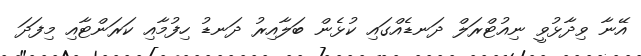
އޭނާ ވިދާޅުވީ ނިއުޓްރަލް ދަނޑެއްގައި ކުޅެން ބަލާއިރު ދަނޑު ހިފުމާއި ކަރަންޓާއި މިފަދަ